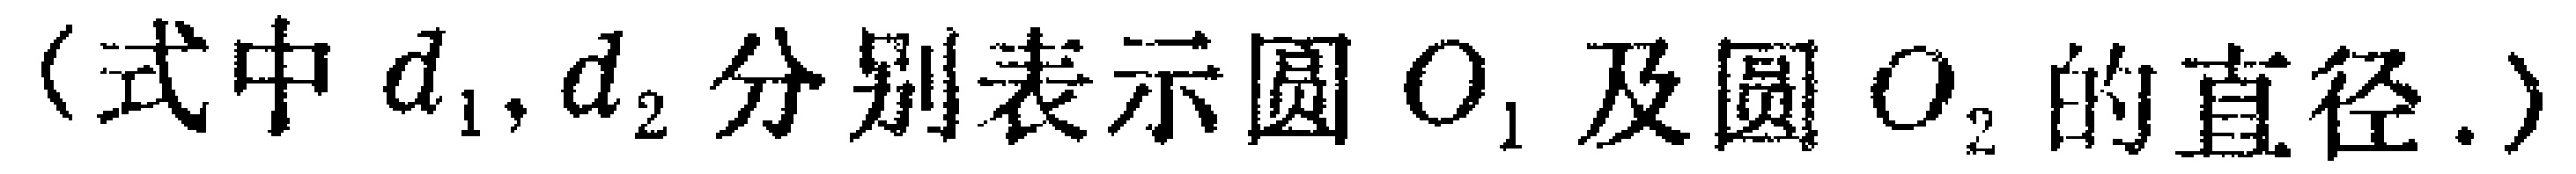
（式中 \(d_1, d_2\) 分别表示圆 \(O_1\) 及圆 \(O_2\) 的直径.）